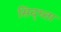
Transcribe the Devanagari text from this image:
सिद्ध्ता